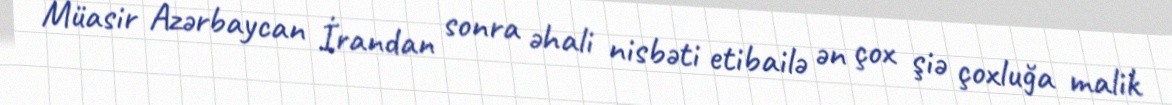
Müasir Azərbaycan İrandan sonra əhali nisbəti etibailə ən çox şiə çoxluğa malik